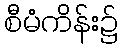
စီမံကိန်း၌